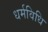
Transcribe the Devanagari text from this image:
धर्मविधि